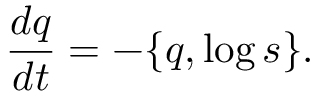
\frac { d q } { d t } = - \{ q , \log { s } \} .